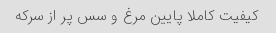
کیفیت کاملا پایین مرغ و سس پر از سرکه